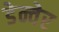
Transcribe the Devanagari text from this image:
डेन्वेर